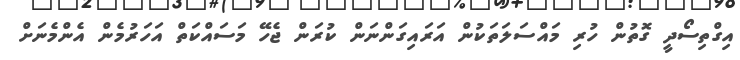
އިގްތިސޯދީ ގޮތުން ހުރި މައްސަލަތަކުން އަރައިގަންނަން ކުރަން ޖެހޭ މަސައްކަތް އަހަރުމެން އެންމެނަށް